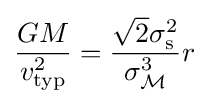
{\frac {GM}{v_{\mathrm {typ} }^{2}}}={\frac {{\sqrt {2}}\sigma _{\mathrm {s} }^{2}}{\sigma _{\mathcal {M}}^{3}}}r